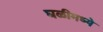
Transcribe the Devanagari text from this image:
घळीमध्ये